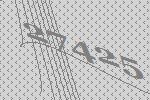
27425